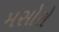
મસોરો